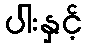
ပါးနှင့်